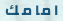
امامك